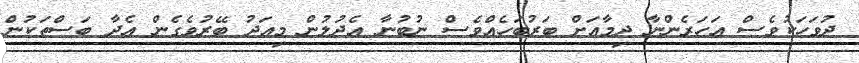
ދުވަހަކުވެސް އަހަރެންނާ ދިމާއަށް ބަރުބަހެއްވެސް ނުބުނާ އެދުލުން މިއަދު ބޭރުވެގެން އެދާ ބަސްތަކުން